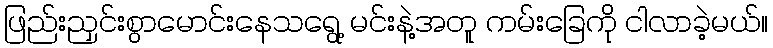
ဖြည်းညှင်းစွာမောင်းနေသရွေ့ မင်းနဲ့အတူ ကမ်းခြေကို ငါလာခဲ့မယ်။